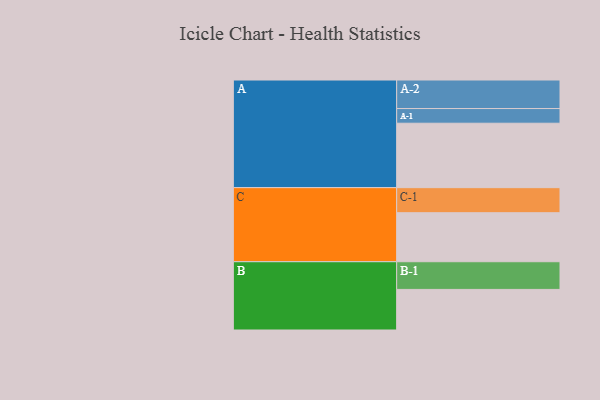
{"axis": {"x": "Segment", "y": "Value"}, "legend": ["", "A", "B", "C"], "data": [{"x": "A", "y": 535, "type": ""}, {"x": "B", "y": 337, "type": ""}, {"x": "C", "y": 407, "type": ""}, {"x": "A-1", "y": 122, "type": "A"}, {"x": "A-2", "y": 237, "type": "A"}, {"x": "B-1", "y": 230, "type": "B"}, {"x": "C-1", "y": 208, "type": "C"}]}